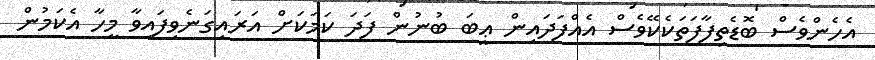
އެހެންވެސް ބޮޑެތިފާފަތަކެކޭވެސް އެއްފަދައިން ޢީބަ ބުނުން ފަދަ ކަމަކަށް އަރައިގަނެވިފައިވާ މީހާ އެކަމުން